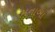
મનાબા